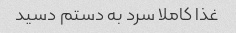
غذا کاملا سرد به دستم دسید